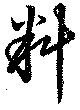
料